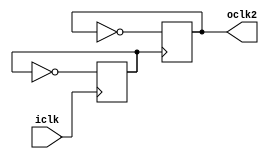
`timescale 1ns / 1ps
//////////////////////////////////////////////////////////////////////////////////
// Company: 
// Engineer: 
// 
// Design Name: 
// Module Name:    clock 
// Project Name: 
// Target Devices: 
// Tool versions: 
// Description: 
//
// Dependencies: 
//
// Revision: 
// Revision 0.01 - File Created
// Additional Comments: 
//
//////////////////////////////////////////////////////////////////////////////////
module clock( 
	input wire iclk,		//master clock: 100MHz
	output reg oclk2		//pixel clock: 25MHz
	);

reg q;

always @(posedge iclk)
begin
		q = ~q;
end

always @(posedge q)
begin
		oclk2 = ~oclk2;
end

endmodule